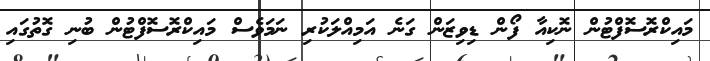
މައިކްރޮސޮފްޓުން ނޮކިއާ ފޯން ޑިވިޒަން ގަނެ އަމިއްލަކުރި ނަމަވެސް މައިކްރޮސޮފްޓުން ބުނި ގޮތުގައި